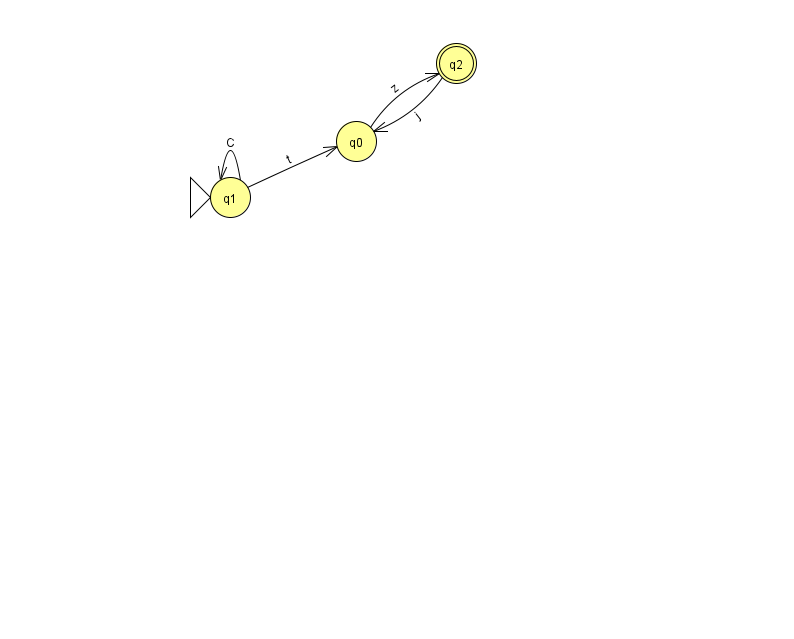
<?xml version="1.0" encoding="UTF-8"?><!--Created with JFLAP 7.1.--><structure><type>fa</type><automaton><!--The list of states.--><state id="0" name="q0"><x>356.0</x><y>128.0</y></state><state id="1" name="q1"><x>230.0</x><y>184.0</y><initial/></state><state id="2" name="q2"><x>456.0</x><y>50.0</y><final/></state><!--The list of transitions.--><transition><from>1</from><to>1</to><read>C</read></transition><transition><from>0</from><to>2</to><read>z</read></transition><transition><from>2</from><to>0</to><read>j</read></transition><transition><from>1</from><to>0</to><read>t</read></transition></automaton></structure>